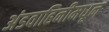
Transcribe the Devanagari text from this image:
अंडवाहिनीमधून